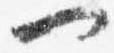
一